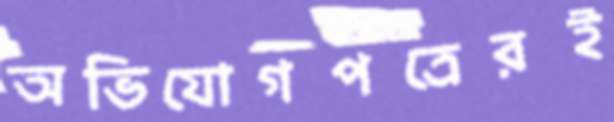
অভিযোগপত্রেরই